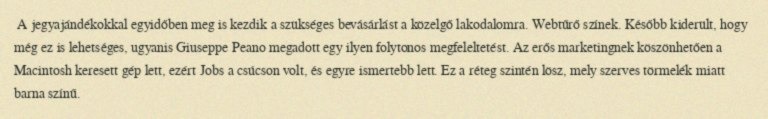
A jegyajándékokkal egyidőben meg is kezdik a szükséges bevásárlást a közelgő lakodalomra. Webtűrő színek. Később kiderült, hogy még ez is lehetséges, ugyanis Giuseppe Peano megadott egy ilyen folytonos megfeleltetést. Az erős marketingnek köszönhetően a Macintosh keresett gép lett, ezért Jobs a csúcson volt, és egyre ismertebb lett. Ez a réteg szintén lösz, mely szerves törmelék miatt barna színű.